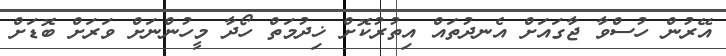
އޭރުން ހުސްވާ ޖާގައަށް އެނދުތައް އިތުރުކޮށް ޚިދުމަތް ހޯދާ މީހުންނަށް ވަރަށް ބޮޑަށް